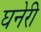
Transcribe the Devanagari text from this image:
घनेरी